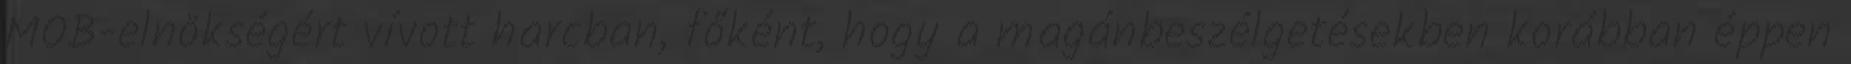
MOB-elnökségért vívott harcban, főként, hogy a magánbeszélgetésekben korábban éppen